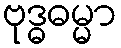
ဗုဒ္ဓဓမ္မာ